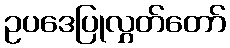
ဥပဒေပြုလွှတ်တော်